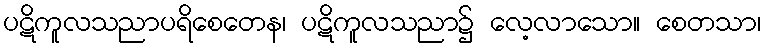
ပဋိကူလသညာပရိစေတေန၊ ပဋိကူလသညာ၌ လေ့လာသော။ စေတသာ၊